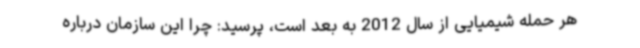
هر حمله شیمیایی از سال 2012 به بعد است، پرسید: چرا این سازمان درباره